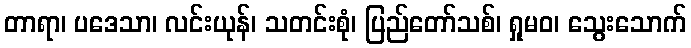
တာရာ၊ ပဒေသာ၊ လင်းယုန်၊ သတင်းစုံ၊ ပြည်တော်သစ်၊ ရှုမဝ၊ သွေးသောက်